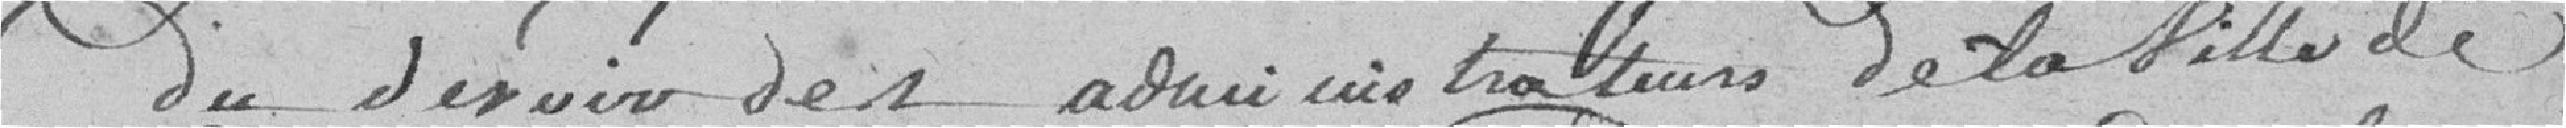
du devoir des administrateurs de la Ville de